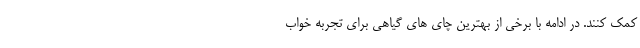
کمک کنند. در ادامه با برخی از بهترین چای های گیاهی برای تجربه خواب